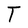
Character: T